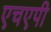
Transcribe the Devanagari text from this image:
एचएपी